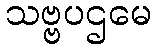
သဗ္ဗပဌမေ